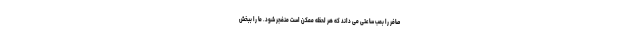
صافر را بمب ساعتی می داند که هر لحظه ممکن است منفجر شود. ما را ببخش